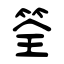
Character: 筌